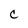
Character: C